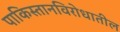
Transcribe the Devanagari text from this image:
पाकिस्तानविरोधातील